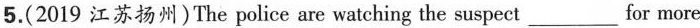
5.(2019 江苏扬州)The police are watching the suspect ___ for more